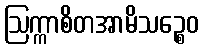
ဩက္ကာစိတအာမိသဉ္စေဝ